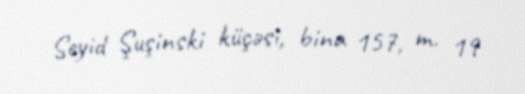
Seyid Şuşinski küçəsi, bina 157, m. 19